Lunatic asylums in Bengal annual reports 1912-1924 - 1912-1924
Year: 1912
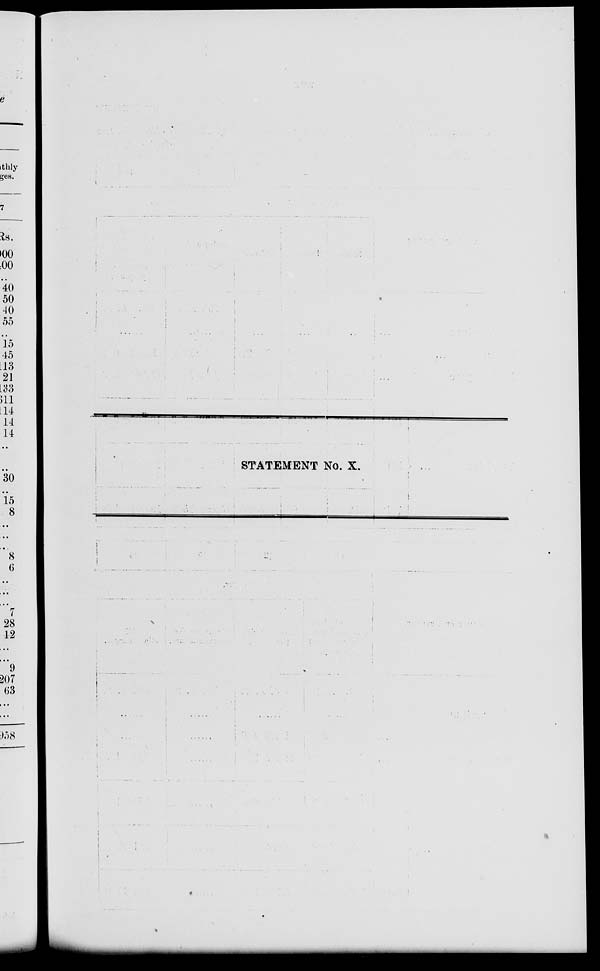
STATEMENT No. X.